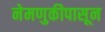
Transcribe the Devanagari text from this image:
नेमणुकीपासून